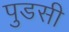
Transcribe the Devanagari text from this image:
पुडसी